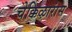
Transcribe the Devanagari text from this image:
चेक्किऴारांस